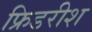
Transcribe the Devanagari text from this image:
फ्रिडरीश